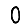
Digit: 0